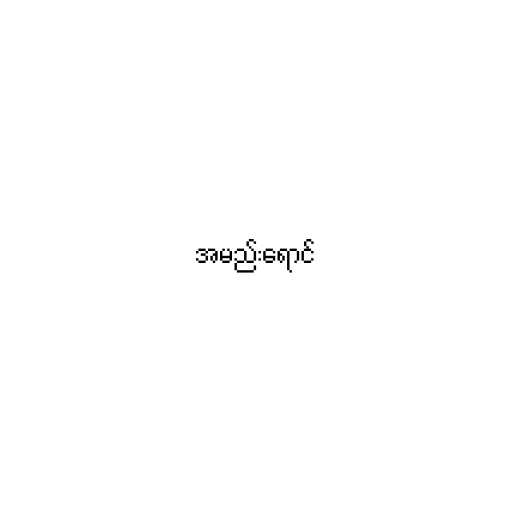
အမည်းရောင်